Civil Veterinary Department. United Provinces 1932-42 - 1932-1942
Year: 1932
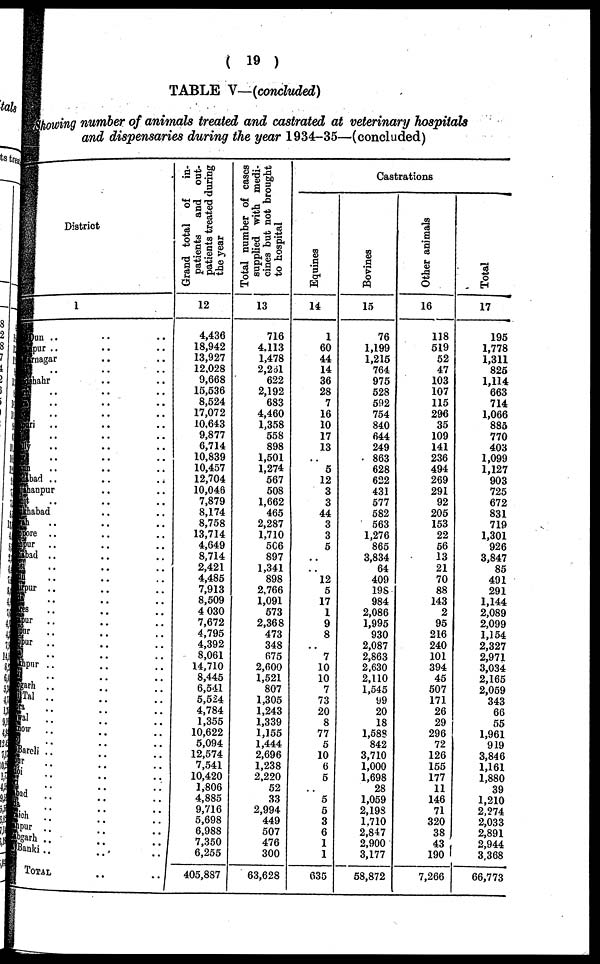
(19)
TABLE V—(concluded)
Showing number of animals treated and castrated at veterinary hospitals
and dispensaries during the year 1934-35—(concluded)
District
1
un .. .. ..
pur .. .. ..
rnagar .. ..
ihahr .. ..
.. .. ..
.. .. ..
.. .. ..
ri
.. .. ..
.. .. ..
.. .. ..
.. .. ..
.. .. ..
bad ..
..
..
hanpur .. ..
.. .. ..
habad .. .. ..
h
.. .. ..
re .. .. ..
pur .. .. ..
bad
pur .. .. ..
es .. .. ..
pur
.. .. ..
pur .. .. ..
pur .. .. ..
.. .. ..
thpur .. .. ..
irh .. .. ..
Taj .. .. ..
.. .. ..
il .. .. ..
now
Bareli .. .. ..
"r .. .. ..
ol
bad .. ..
Bad .. .. ..
ish
nsh .. ..
pur .. .. ..
Bankii
..
..
..
Total
..
..
Grand total of
in-
patients
and out-
patients treated during
the year
12
4,436
18,942
13,927
12,028
9,668
15,536
8,524
17,072
10,643
9,877
6,714
10,839
10,457
12,704
10,046
7,879
8,174
8,758
13,714
4,649
8,714
2,421
4,485
7,913
8,509
4 030
7,672
4,795
4,392
8,061
14,710
8,445
6,541
5,524
4,784
1,355
10,622
5,094
12,574
7,541
10,420
1,806
4,885
9,716
5,698
6,988
7,350
6,255
405,887
Total number of cases
supplied with medi-
cines but not brought
to hospital
13
716
4,113
1,478
2,261
622
2,192
683
4,460
1,358
558
898
1,501
1,274
567
508
1,662
465
2,287
1,710
506
897
1,341
898
2,766
1,091
573
2,368
473
348
675
2,600
1,521
807
1,305
1,243
1,339
1,155
1,444
2,696
1,238
2,220
52
33
2,994
449
507
476
300
63,628
Castrations
Equines
14
1
60
44
14
36
28
7
16
10
17
13
5
12
3
3
44
3
3
5
12
5
17
1
9
8
7
10
10
7
73
20
8
77
5
10
6
5
5
5
3
6
1
1
635
Bovines
15
76
1,199
1,215
764
975
528
592
754
840
644
249
863
628
622
431
577
582
563
1,276
865
3,834
64
409
198
984
2,086
1,995
930
2,087
2,863
2,630
2,110
1,545
99
20
18
1,588
842
3,710
1,000
1,698
28
1,059
2,198
1.710
2,847
2,900
3,177
58,872
Other animals
16
118
519
52
47
103
107
115
296
35
109
141
236
494
269
291
92
205
153
22
56
13
21
70
88
143
2
95
216
240
101
394
45
507
171
26
29
296
72
126
155
177
11
146
71
320
38
43
190
7,266
Total
17
195
1,778
1,311
825
1,114
663
714
1,066
885
770
403
1,099
1,127
903
725
672
831
719
1,301
926
3,847
85
491
291
1,144
2,089
2,099
1,154
2,327
2,971
3,034
2,165
2,059
343
66
55
1,961
919
3,846
1,161
1,880
39
1,210
2,274
2,033
2,891
2,944
3,368
66,773